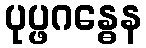
ပုပ္ဖဂန္ဓေန